Report on malaria in the Punjab during the year ...  together with an account of the work of the Punjab Malaria Bureau - Volume 4
Disease focus: Malaria
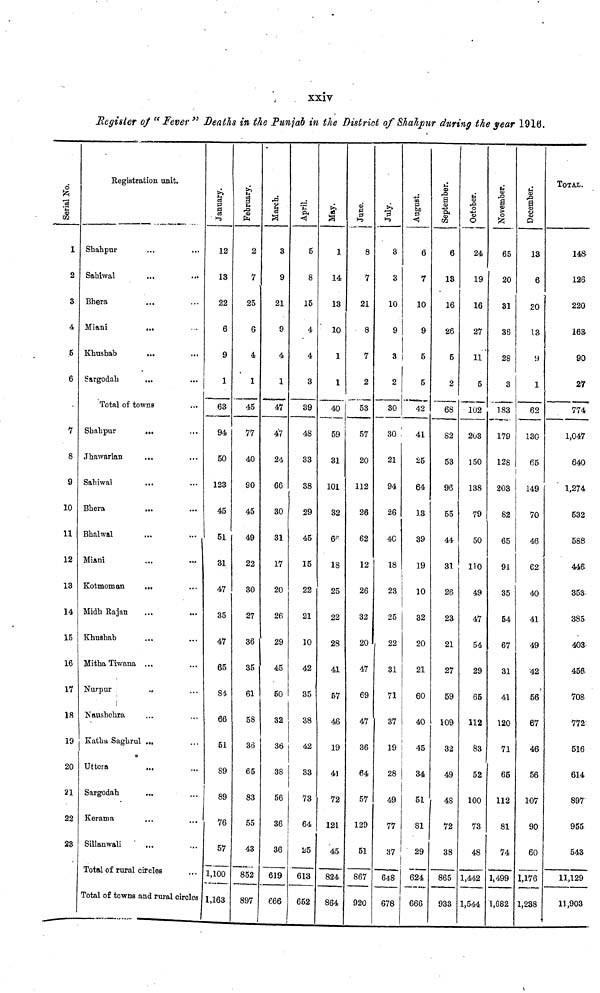
xxiv
Register of "Fever" Deaths in the Punjab in the District of Shahpur during the year 1916.
Serial No.
1
2
3
4
5
6
7
8
9
10
11
12
13
14
15
16
17
18
19
20
21
22
23
Registration, unit.
Shahpur
Sahiwal
Bhera
Miani
...
Khushab
Sargodah
...
Total of towns
Shahpur
...
Jhawarian
...
Sahiwal
...
Bhera
...
Bhalwal
Miani
Kotmoman
...
Midh Rajan
Khushab
Mitha Tiwana ...
Nurpur
...
Naushehra
Katha Saghrul ...
Utters
Sargodah
Kerama
Sillanwali
...
Total of rural circles
Total of towns and rural circles
January.
12
13
22
6
9
1
63
94
50
123
45
51
31
47
35
47
65
84
66
51
89
89
76
57
1,100
1,163
February.
2
7
25
6
4
1
45
77
40
90
45
49
22
30
27
36
35
61
58
36
65
83
55
43
852
897
March.
3
9
21
9
4
1
47
47
24
66
30
31
17
20
26
29
45
50
32
36
38
56
36
36
619
666
April.
6
8
15
4
4
3
39
48
33
38
29
45
15
22
21
10
42
35
38
42
33
73
64
25
613
652
May.
1
14
13
10
1
1
40
59
31
101
32
66
18
25
22
28
41
57
46
19
4)
72
121
45
824
864
June.
8
7
21
8
7
2
53
57
20
112
26
62
12
26
32
20
47
69
47
36
64
57
120
51
867
920
July.
3
3
10
9
3
2
30
30 !
21
94
26
40
18
23
25
22
31
71
37
19
28
49
77
37
648
678
August.
6
7
10
9
5
5
42
41
25
64
1.3
39
19
10
32
20
21
60
40
45
34
51
81
29
624
666
September.
6
13
16
26
5
2
68
82
53
96
55
44
31
26
23
21
27
59
109
32
49
48
72
38
865
933
October.
24
19
16
27
11
5
102
203
150
138
79
50
no
49
47
54
29
65
112
83
52
100
73
48
1,442
1,544
November.
65
20
31
36
28
3
183
179
128
203
82
65
91
35
54
67
31
41
120
71
65
112
81
74
1,499
1,682
December.
13
6
20
13
9
1
62
130
65
149
70
46
62
40
41
49
•42
56
67
46
56
107
90
60
1,176
1,238
TOTAL.
14S
126
220
163
90
27
774
1,047
640
1,274
532
588
446
353-
385
403
456
70S
772'
516
614
897
955
543
11,129
11,903